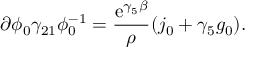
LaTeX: \partial \phi _ { 0 } \gamma _ { 2 1 } \phi _ { 0 } ^ { - 1 } = \frac { \mathrm { e } ^ { \gamma _ { 5 } \beta } } { \rho } ( j _ { 0 } + \gamma _ { 5 } g _ { 0 } ) .